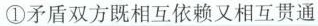
①矛盾双方既相互依赖又相互贯通